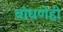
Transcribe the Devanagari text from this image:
बांधणेही